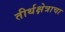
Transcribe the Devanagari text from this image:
तीर्थक्षेत्राचा